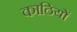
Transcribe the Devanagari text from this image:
काठियों